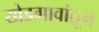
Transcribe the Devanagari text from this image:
खेडगावांतून